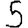
Digit: 5